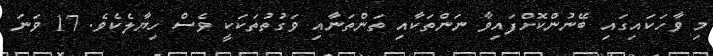
މި ވާހަކައިގައި ބޭނުންކޮށްފައިވާ ނަންތަކާއި ތަންތަނާއި ވަގުތުތަކަކީ ވެސް ހިޔާލެކެވެ. 17 ވަނަ